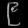
Digit: ၉